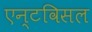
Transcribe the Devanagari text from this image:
एन्टविसल